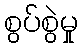
စွပ်စွဲမှု